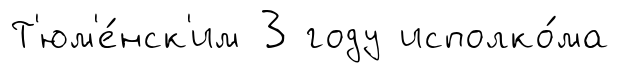
Т'юм'е́нск'им 3 году исполко́ма